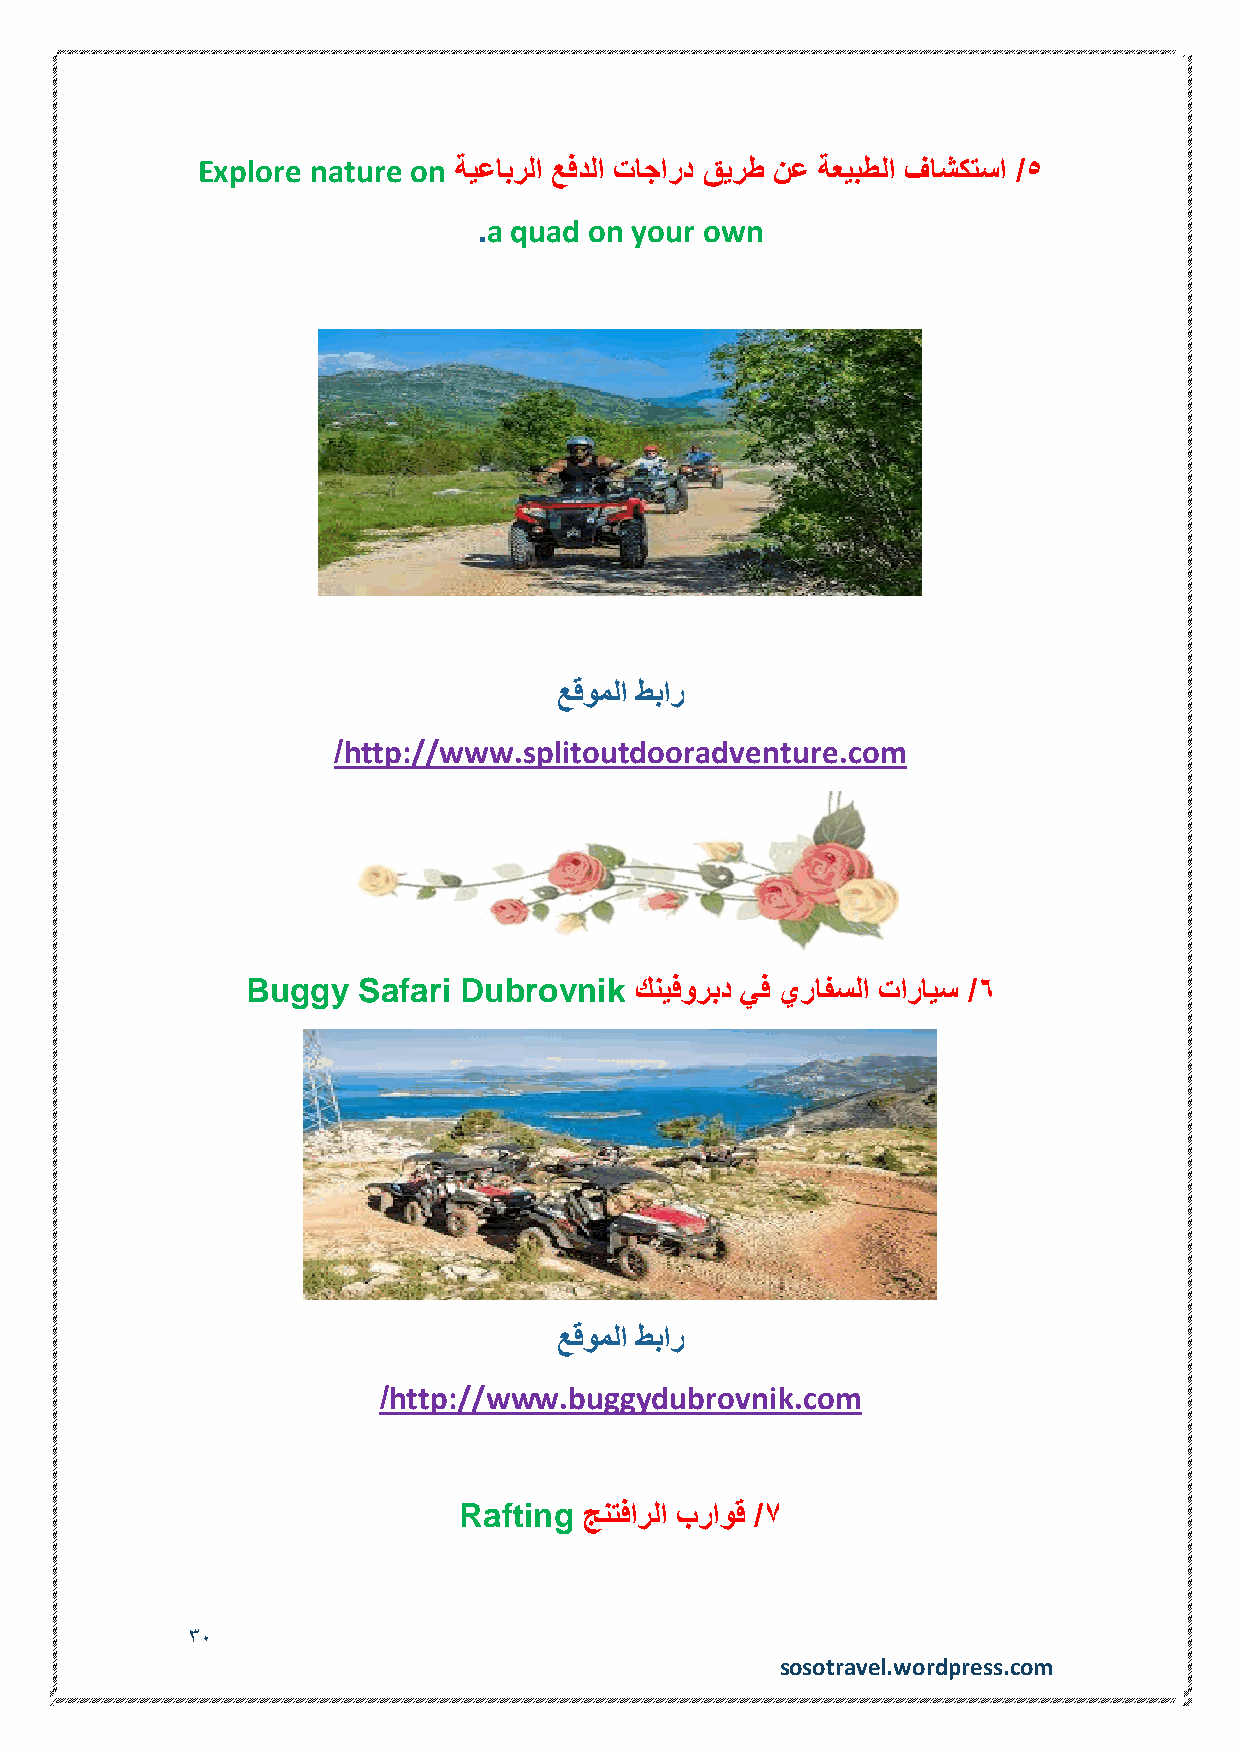
Explore nature on ةيعابرلا عفدلا تاجارد قيرط نع ةعيبطلا فاشكتسا /5
 .a quad on your own
 عقوملا طبار
 /http://www.splitoutdooradventure.com
 Buggy   Safari Dubrovnik  كنيفوربد يف يرافسلا تارايس /6
 عقوملا طبار
 /http://www.buggydubrovnik.com
 Rafting  جنتفارلا براوق /7
 30
 sosotravel.wordpress.com